Vaccination North-Western Provinces 1866-1877 - 1866-1877
Year: 1866
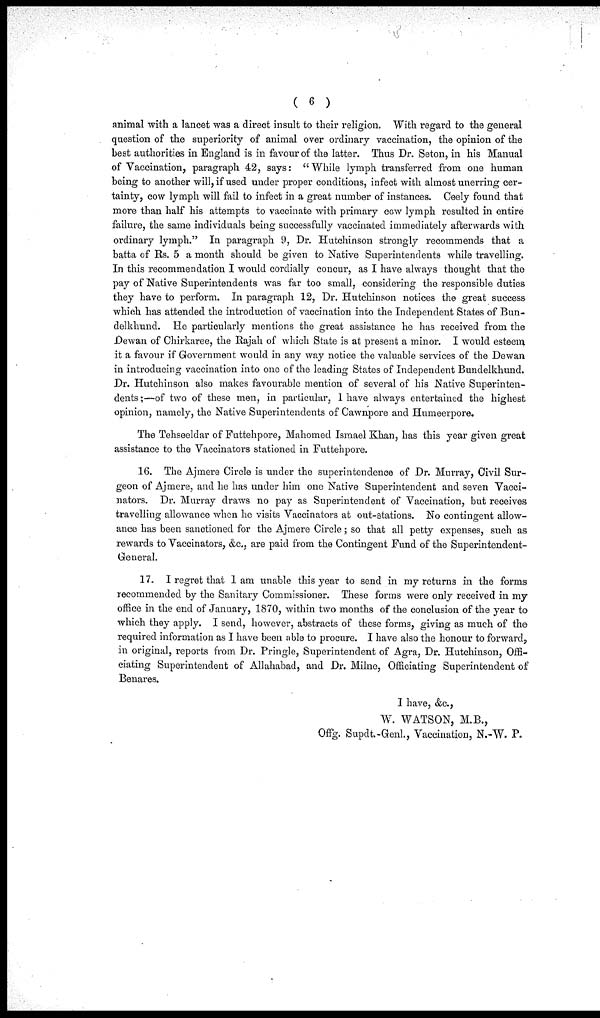
( 6 )
animal with a lancet was a direct insult to their religion. With regard to the general
question of the superiority of animal over ordinary vaccination, the opinion of the
best authorities in England is in favour of the latter. Thus Dr. Seton, in his Manual
of Vaccination, paragraph 42, says: "While lymph transferred from one human
being to another will, if used under proper conditions, infect with almost unerring cer-
tainty, cow lymph will fail to infect in a great number of instances. Ceely found that
more than half his attempts to vaccinate with primary cow lymph resulted in entire
failure, the same individuals being successfully vaccinated immediately afterwards with
ordinary lymph." In paragraph 9, Dr. Hutchinson strongly recommends that a
batta of Rs. 5 a month should be given to Native Superintendents while travelling.
In this recommendation I would cordially concur, as I have always thought that the
pay of Native Superintendents was far too small, considering the responsible duties
they have to perform. In paragraph 12, Dr. Hutchinson notices the great success
which has attended the introduction of vaccination into the Independent States of Bun-
delkhund. He particularly mentions the great assistance he has received from the
Dewan of Chirkaree, the Rajah of which State is at present a minor. I would esteem
it a favour if Government would in any way notice the valuable services of the Dewan
in introducing vaccination into one of the leading States of Independent Bundelkhund.
Dr. Hutchinson also makes favourable mention of several of his Native Superinten-
dents ;—of two of these men, in particular, 1 have always entertained the highest
opinion, namely, the Native Superintendents of Cawnpore and Humeerpore.
The Tehseeldar of Futtehpore, Mahomed Ismael Khan, has this year given great
assistance to the Vaccinators stationed in Futtehpore.
16. The Ajmere Circle is under the superintendence of Dr. Murray, Civil Sur-
geon of Ajmere, and he has under him one Native Superintendent and seven Vacci-
nators. Dr. Murray draws no pay as Superintendent of Vaccination, but receives
travelling allowance when he visits Vaccinators at out-stations. No contingent allow-
ance has been sanctioned for the Ajmere Circle; so that all petty expenses, such as
rewards to Vaccinators, &c., are paid from the Contingent Fund of the Superintendent-
General.
17. I regret that 1 am unable this year to send in my returns in the forms
recommended by the Sanitary Commissioner. These forms were only received in my
office in the end of January, 1870, within two months of the conclusion of the year to
which they apply. I send, however, abstracts of these forms, giving as much of the
required information as I have been able to procure. I have also the honour to forward,
in original, reports from Dr. Pringle, Superintendent of Agra, Dr. Hutchinson, Offi-
ciating Superintendent of Allahabad, and Dr. Milne, Officiating Superintendent of
Benares.
I have, &c,
W. WATSON, M.B.,
Offg. Supdt.-Genl., Vaccination, N.-W. P.